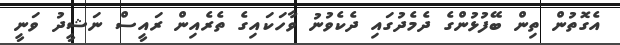
އެގޮތުން ތިން ބޭފުޅުންގެ ދެމެދުގައި ދެކެވުނު ވާހަކައިގެ ތެރެއިން ރައީސް ނަޝީދު ވަނީ